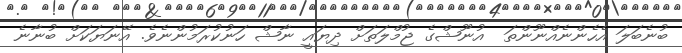
ބުނެބަލަ އެހެންނެއްނޫންތަ  އުނޫޝްގެ ޖުމްލަތަށް ދިޔައީ ނާޝް ހަނުކުރަމުންނެވެ. އޭނަޔަކަށް ބުނާނެ